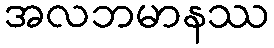
အလဘမာနဿ